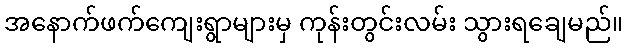
အနောက်ဖက်ကျေးရွာများမှ ကုန်းတွင်းလမ်း သွားရချေမည်။